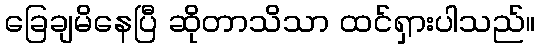
ခြေချမိနေပြီ ဆိုတာသိသာ ထင်ရှားပါသည်။